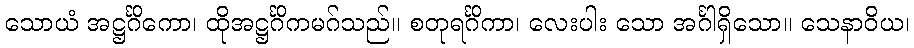
သောယံ အဋ္ဌင်္ဂိကော၊ ထိုအဋ္ဌင်္ဂိကမဂ်သည်။ စတုရင်္ဂိကာ၊ လေးပါး သော အင်္ဂါရှိသော။ သေနာဝိယ၊